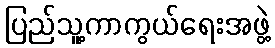
ပြည်သူ့ကာကွယ်ရေးအဖွဲ့